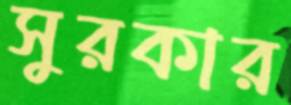
সুরকার